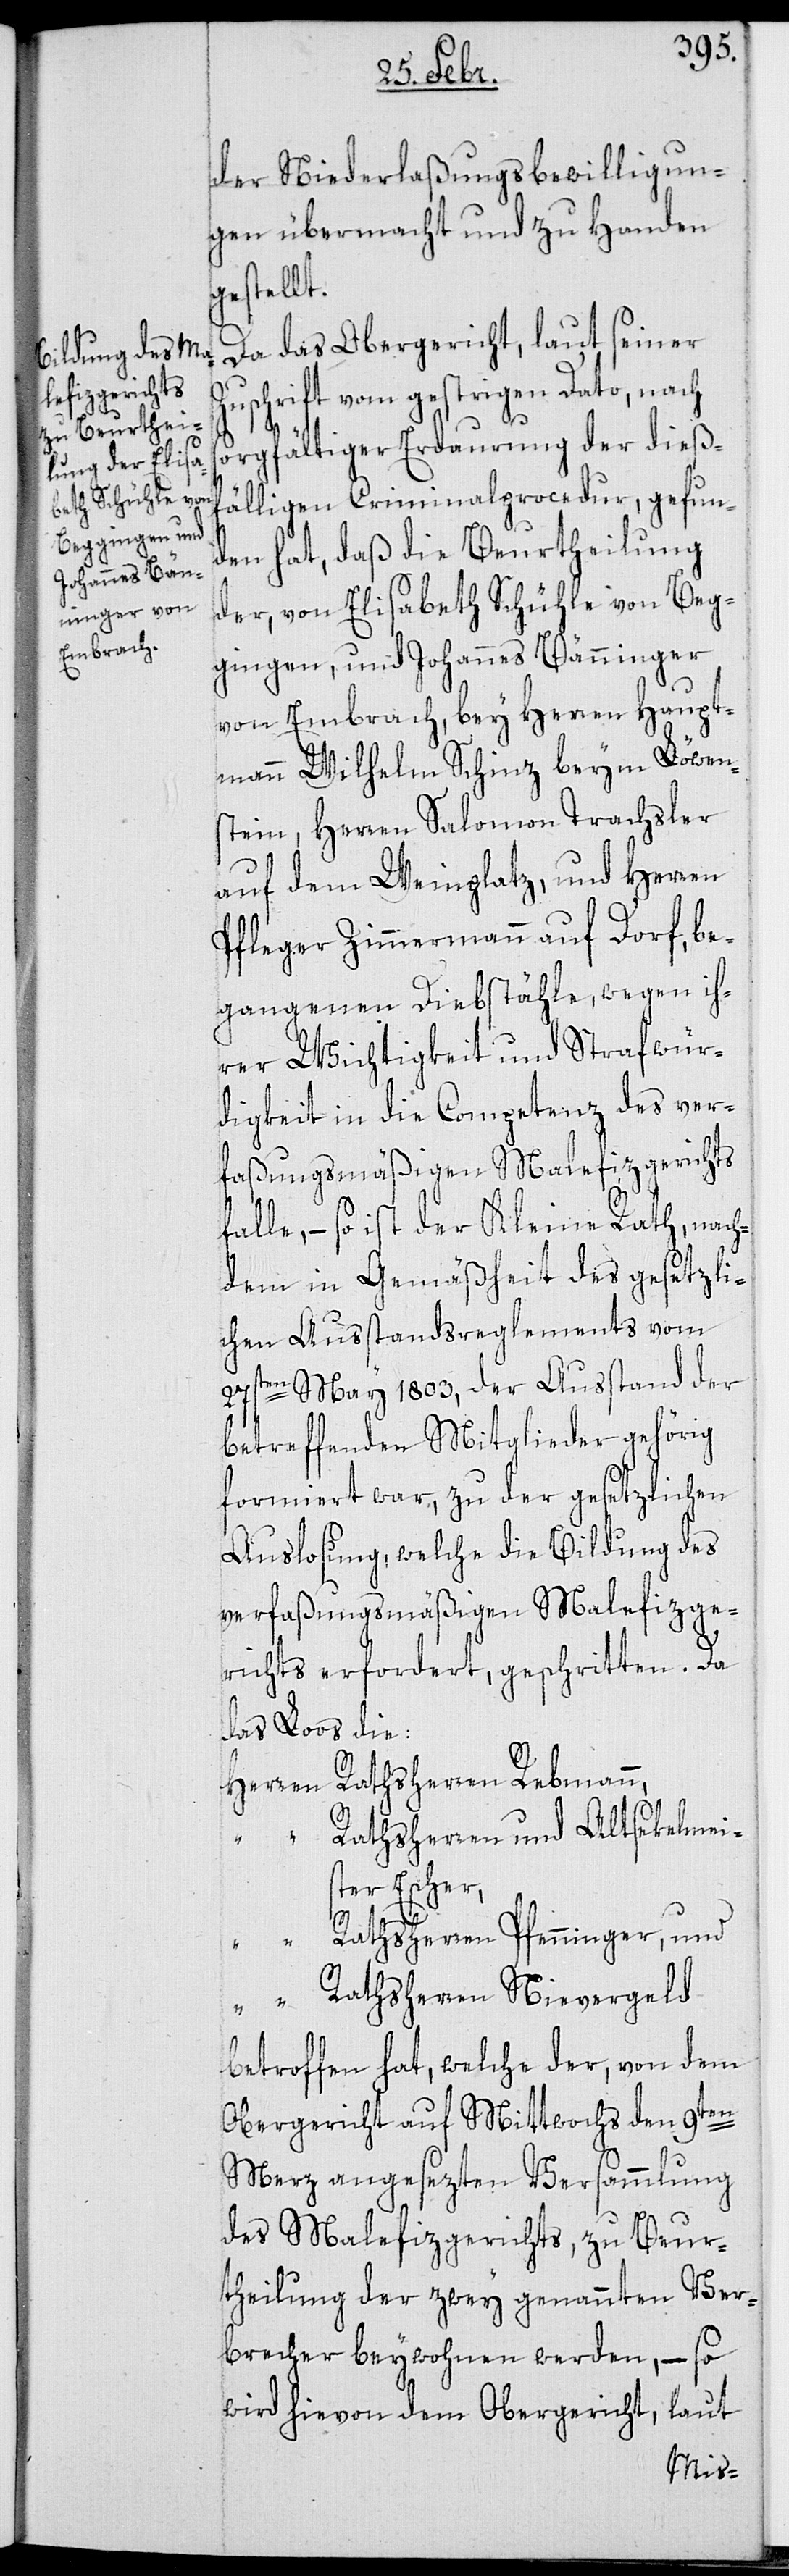
der Niederlaßungsbewilligun¬
gen übermacht und zu Handen
gestellt.
Da das Obergericht laut, seiner
uschrift vom gestrigen Dato, nach
sorgfältiger Erdauerung der dießf¬
älligen Criminalprocedur, gefun¬
den hat, daß die Beurtheilung
der von Elisabeth Schühle von Beg¬
gingen und Johannes Bänninger
von Embrach, bey Herren Haupt¬
mann Wilhelm Schinz beym Löwen¬
stein, Herren Salomon Trachsler
auf dem Weinplatz, und Herren
Pfleger Zimmermann auf Dorf, be¬
gangenen Diebstähle, wegen ih¬
rer Wichtigkeit und Strafwür¬
digkeit in die Competenz des ver¬
faßungsmäßigen Malefizgerichts
falle, – so ist der Kleine Rath, nach¬
dem in Gemäßheit des gesetzli¬
chen Ausstandsreglements vom
27sten May 1803, der Ausstand der
betreffenden Mitglieder gehörig
formiert war, zu der gesetzlichen
Auslosung, welche die Bildung des
verfaßungsmäßigen Malefizge¬
richts erfordert, geschritten. Da
das Loos die:
Rathsherrn und Altsekelmei¬
ster Escher,
Rathsherrn Pfenninger, und
“
Rathsherrn Nievergeld
betroffen hat, welche der, von dem
Obergericht auf Mittwochs den 9ten
Merz angesezten Versammlung
des Malefizgerichts, zu Beur¬
theilung der zwey genannten Ver¬
brecher beywohnen werden, – so
wird hievon dem Obergericht, laut